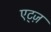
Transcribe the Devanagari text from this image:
एट्ज़